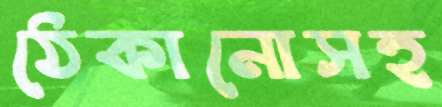
ঠেকানোসহ